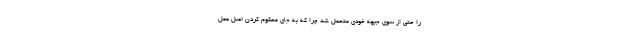
را حتی از سوی جبهه خودی متحمل شد چرا که به جای محکوم کردن اصل عمل